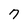
Character: 7